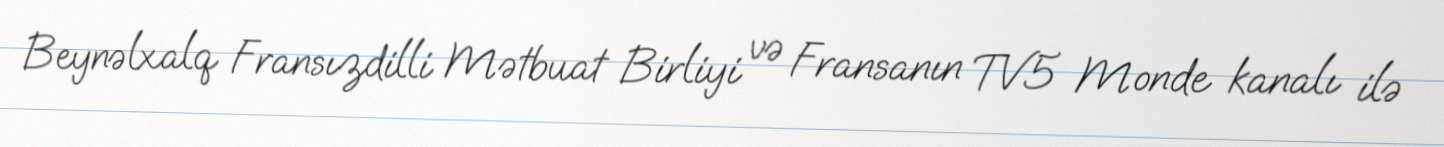
Beynəlxalq Fransızdilli Mətbuat Birliyi və Fransanın TV5 Monde kanalı ilə